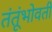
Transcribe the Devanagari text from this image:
तंतूंभोवती